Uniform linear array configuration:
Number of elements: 64
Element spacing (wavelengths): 0.75
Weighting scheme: hamming
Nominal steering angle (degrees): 15
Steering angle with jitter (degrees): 15.326
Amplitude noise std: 0.05
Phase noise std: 0.05

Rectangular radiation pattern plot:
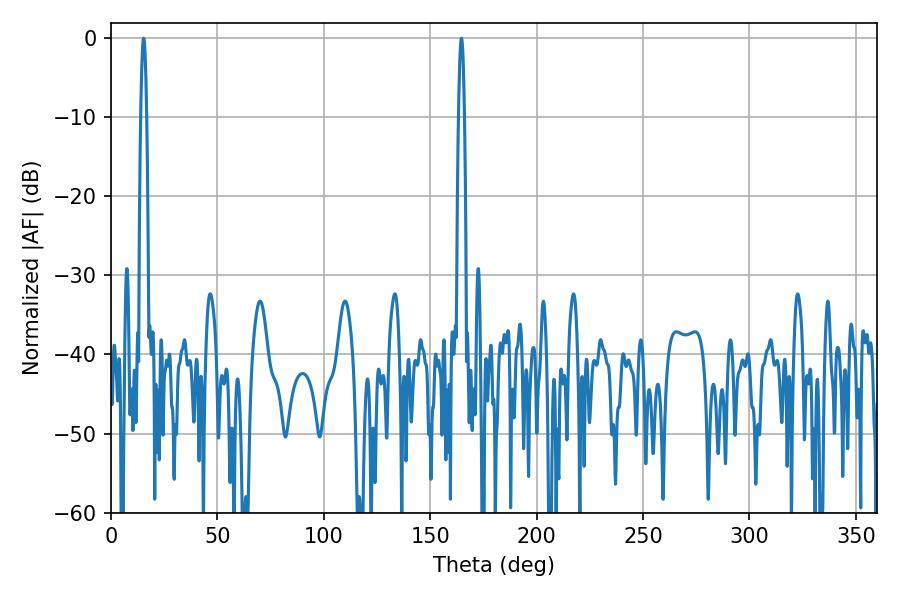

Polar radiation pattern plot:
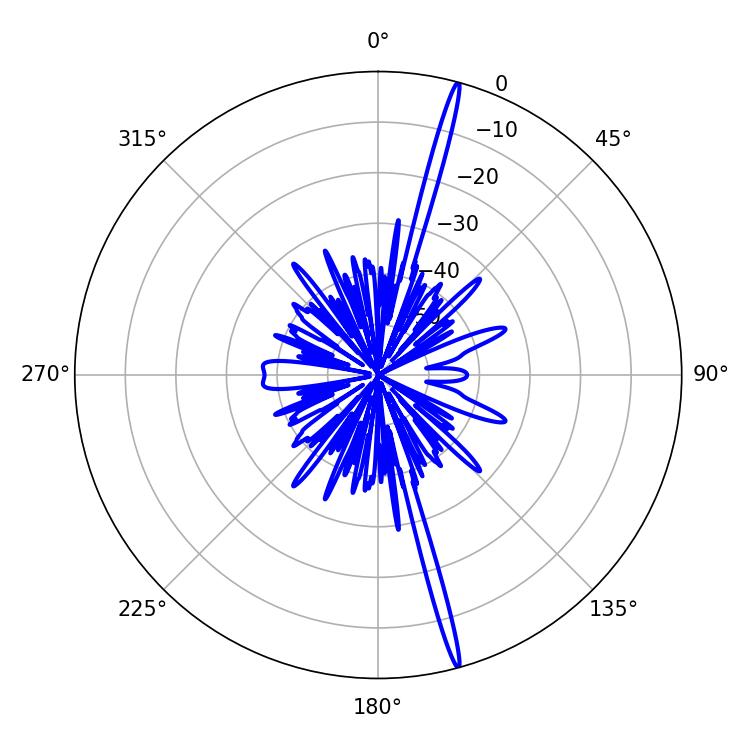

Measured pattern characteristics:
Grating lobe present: TRUE
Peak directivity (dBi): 21.047
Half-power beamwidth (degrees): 1.44
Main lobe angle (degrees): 15.3